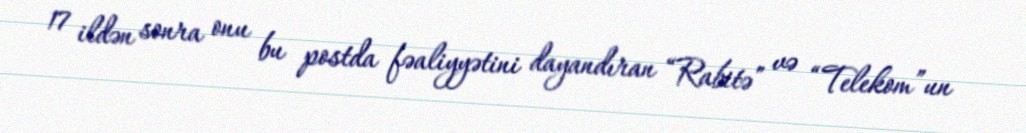
17 ildən sonra onu bu postda fəaliyyətini dayandıran “Rabitə” və “Telekom”un